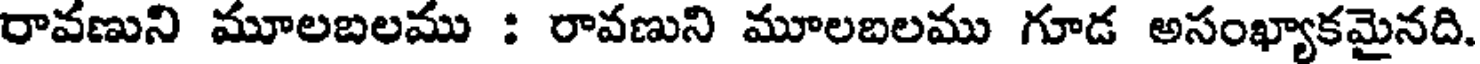
రావణుని మూలబలము : రావణుని మూలబలము గూడ అసంఖ్యాకమైనది.